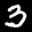
Label: 3